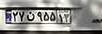
۲۷ن۹۵۵۱۳